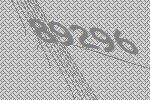
89296